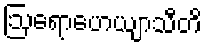
ဩရောဟေယျာသီတိ